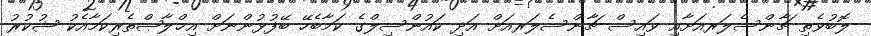
ލޮބުވެތި ޗާންސެލަރއަށާއި ވައިސް ޗާންސެލަރއަށް އަދި ކައުންސިލްގެ ކަމާބެހޭ ބޭފުޅުންނަށް އިޚްލާޞްތެރިކަމާއެކު ޝުކުރު